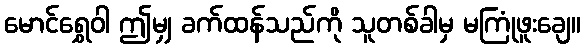
မောင်ရွှေဝါ ဤမျှ ခက်ထန်သည်ကို သူတစ်ခါမှ မကြုံဖူးချေ။